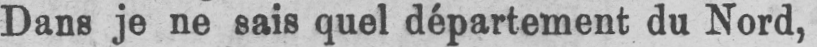
Dans je ne sais quel département du Nord,